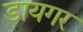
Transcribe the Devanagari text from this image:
डायगर